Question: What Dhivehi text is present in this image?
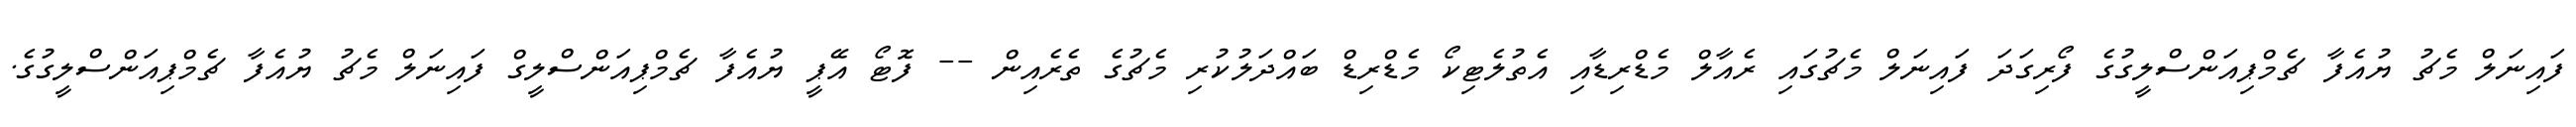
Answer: ފައިނަލް މެޗު ޔުއެފާ ޗެމްޕިއަންސްލީގުގެ ފޯރިގަދަ ފައިނަލް މެޗުގައި ރެއާލް މެޑްރިޑާއި އެތުލެޓިކޯ މެޑްރިޑް ބައްދަލުކުރި މެޗުގެ ތެރެއިން -- ފޮޓޯ އޭޕީ ޔުއެފާ ޗެމްޕިއަންސްލީގް ފައިނަލް މެޗު ޔުއެފާ ޗެމްޕިއަންސްލީގުގެ.